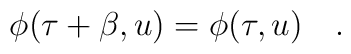
\phi(\tau+\beta,u)=\phi(\tau,u)~~~.